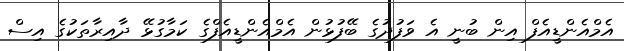
އެމްއެންޑީއެފް އިން ބުނީ އެ ވަފުދުގެ ބޭފުޅުން އެމްއެންޑީއެފްގެ ކަމާގުޅޭ ދާއިރާތަކުގެ އިސް